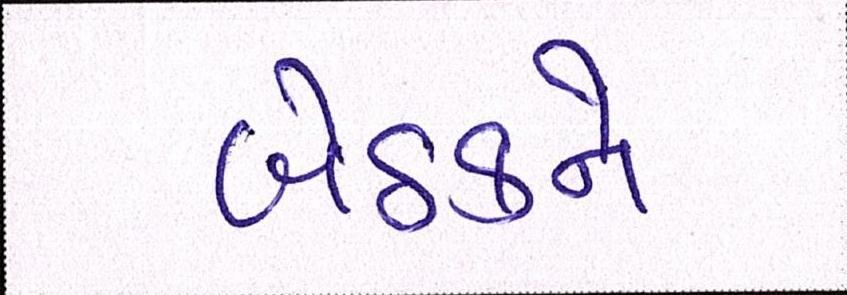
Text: બેઠકને